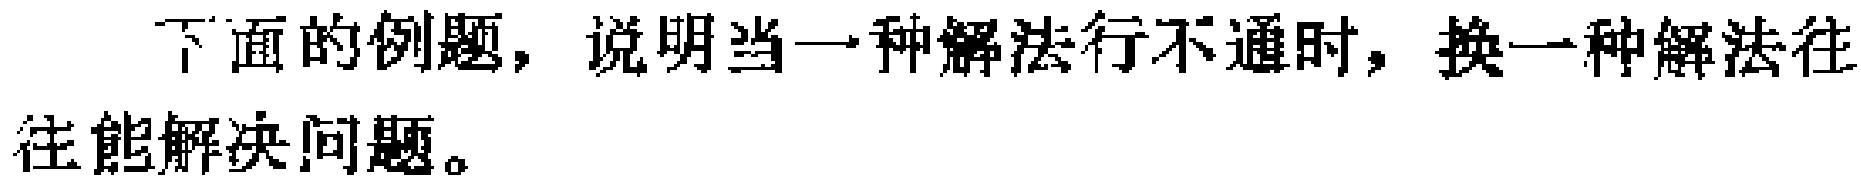
下面的例题，说明当一种解法行不通时，换一种解法往往能解决问题。